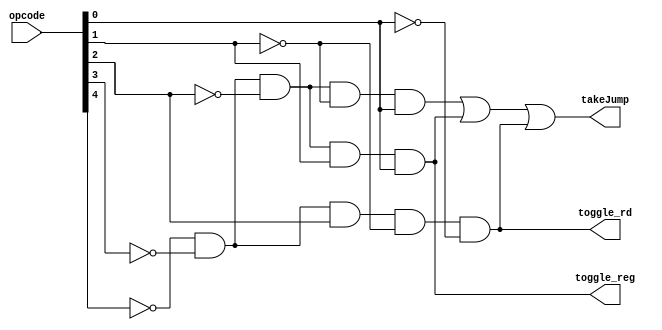
module jumpControl(opcode, takeJump, toggle_rd, toggle_reg);

	input[4:0] opcode;
	output takeJump, toggle_rd, toggle_reg;
	
	wire[4:0] nop;

	genvar i;
	generate
		for (i = 0; i < 5; i = i + 1) begin: loop0
			not invertopcode(nop[i], opcode[i]);
		end
	endgenerate
	
	wire j, jal, jr;
	and j_insn(j, nop[4], nop[3], nop[2], nop[1], opcode[0]);
	and jal_insn(jal, nop[4], nop[3], nop[2], opcode[1], opcode[0]);
	and jr_insn(jr, nop[4], nop[3], opcode[2], nop[1], nop[0]);
	
	or jump(takeJump, j, jal, jr);
	assign toggle_rd = jr;
	assign toggle_reg = jal;
	
endmodule